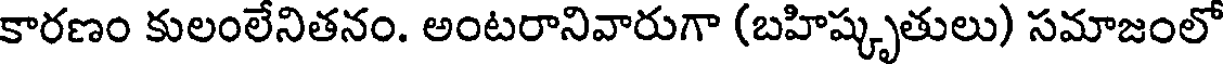
కారణం కులంలేనితనం. అంటరానివారుగా (బహిష్కృతులు) సమాజంలో